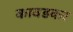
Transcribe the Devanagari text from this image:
कावडकर